Bréfritari: Gunnlaugur Oddsson
Dagsetning: A-1889-11-10
Skrifað á: Glasgow, Skotlandi

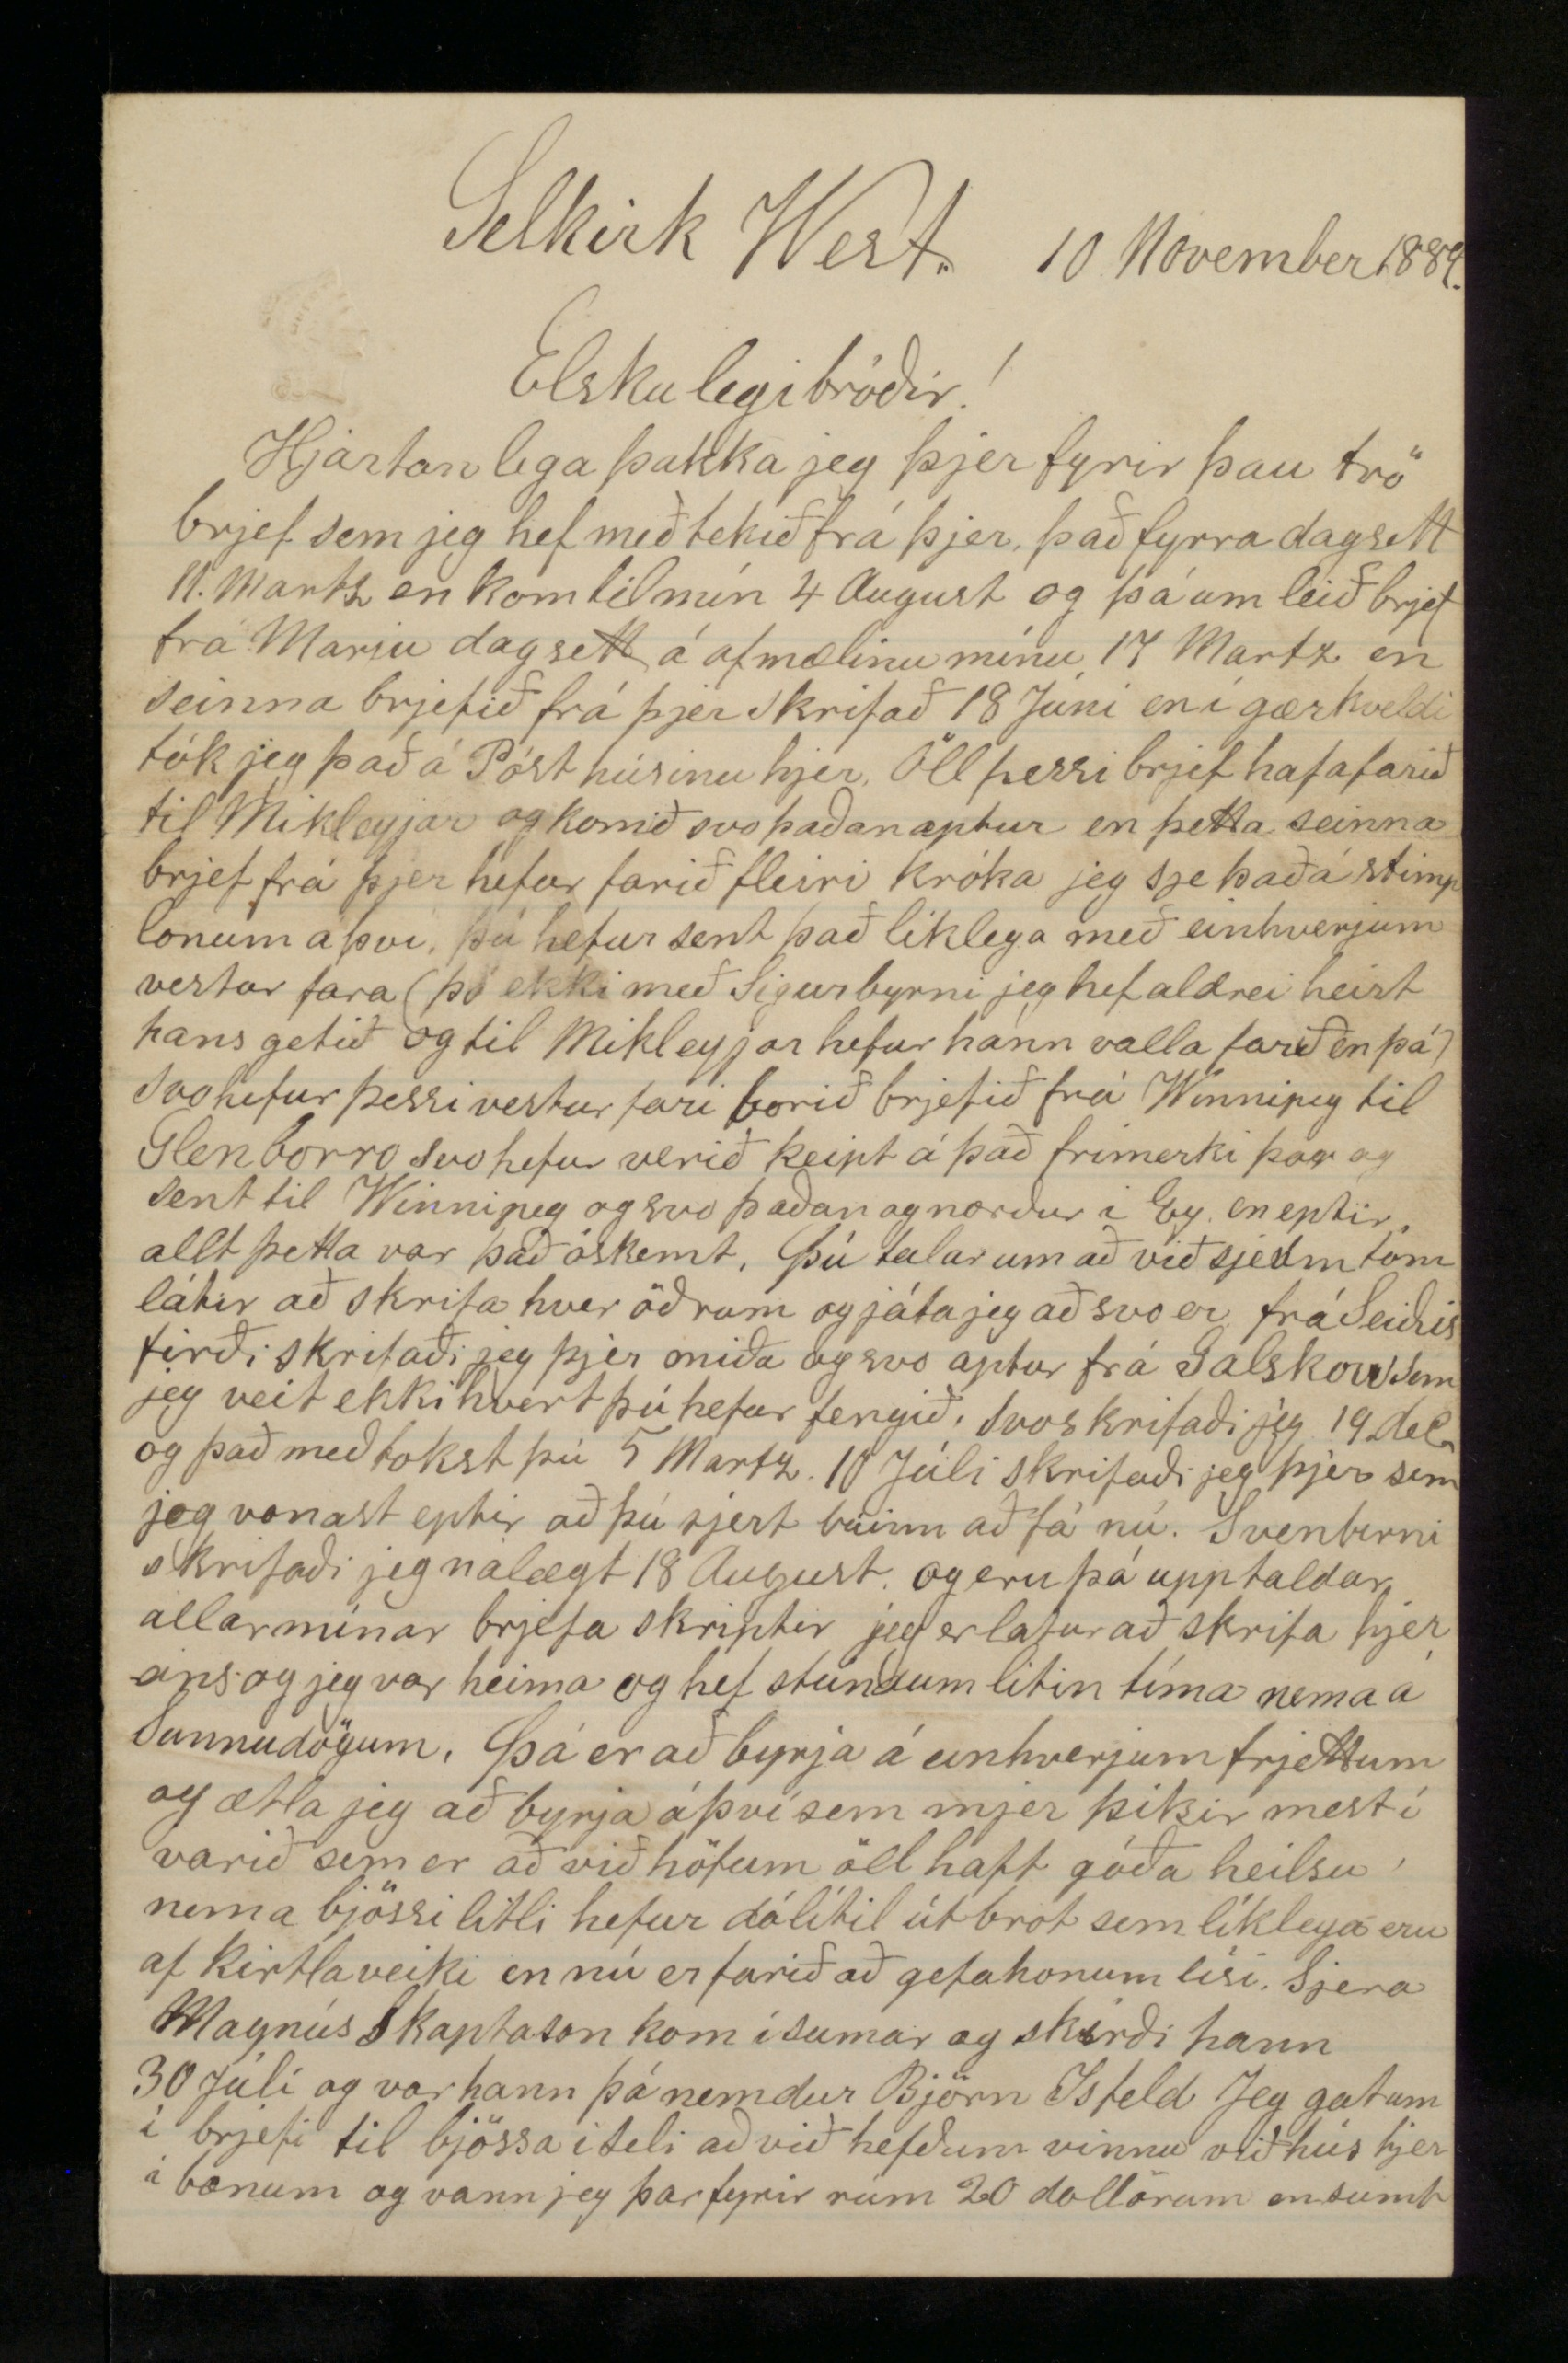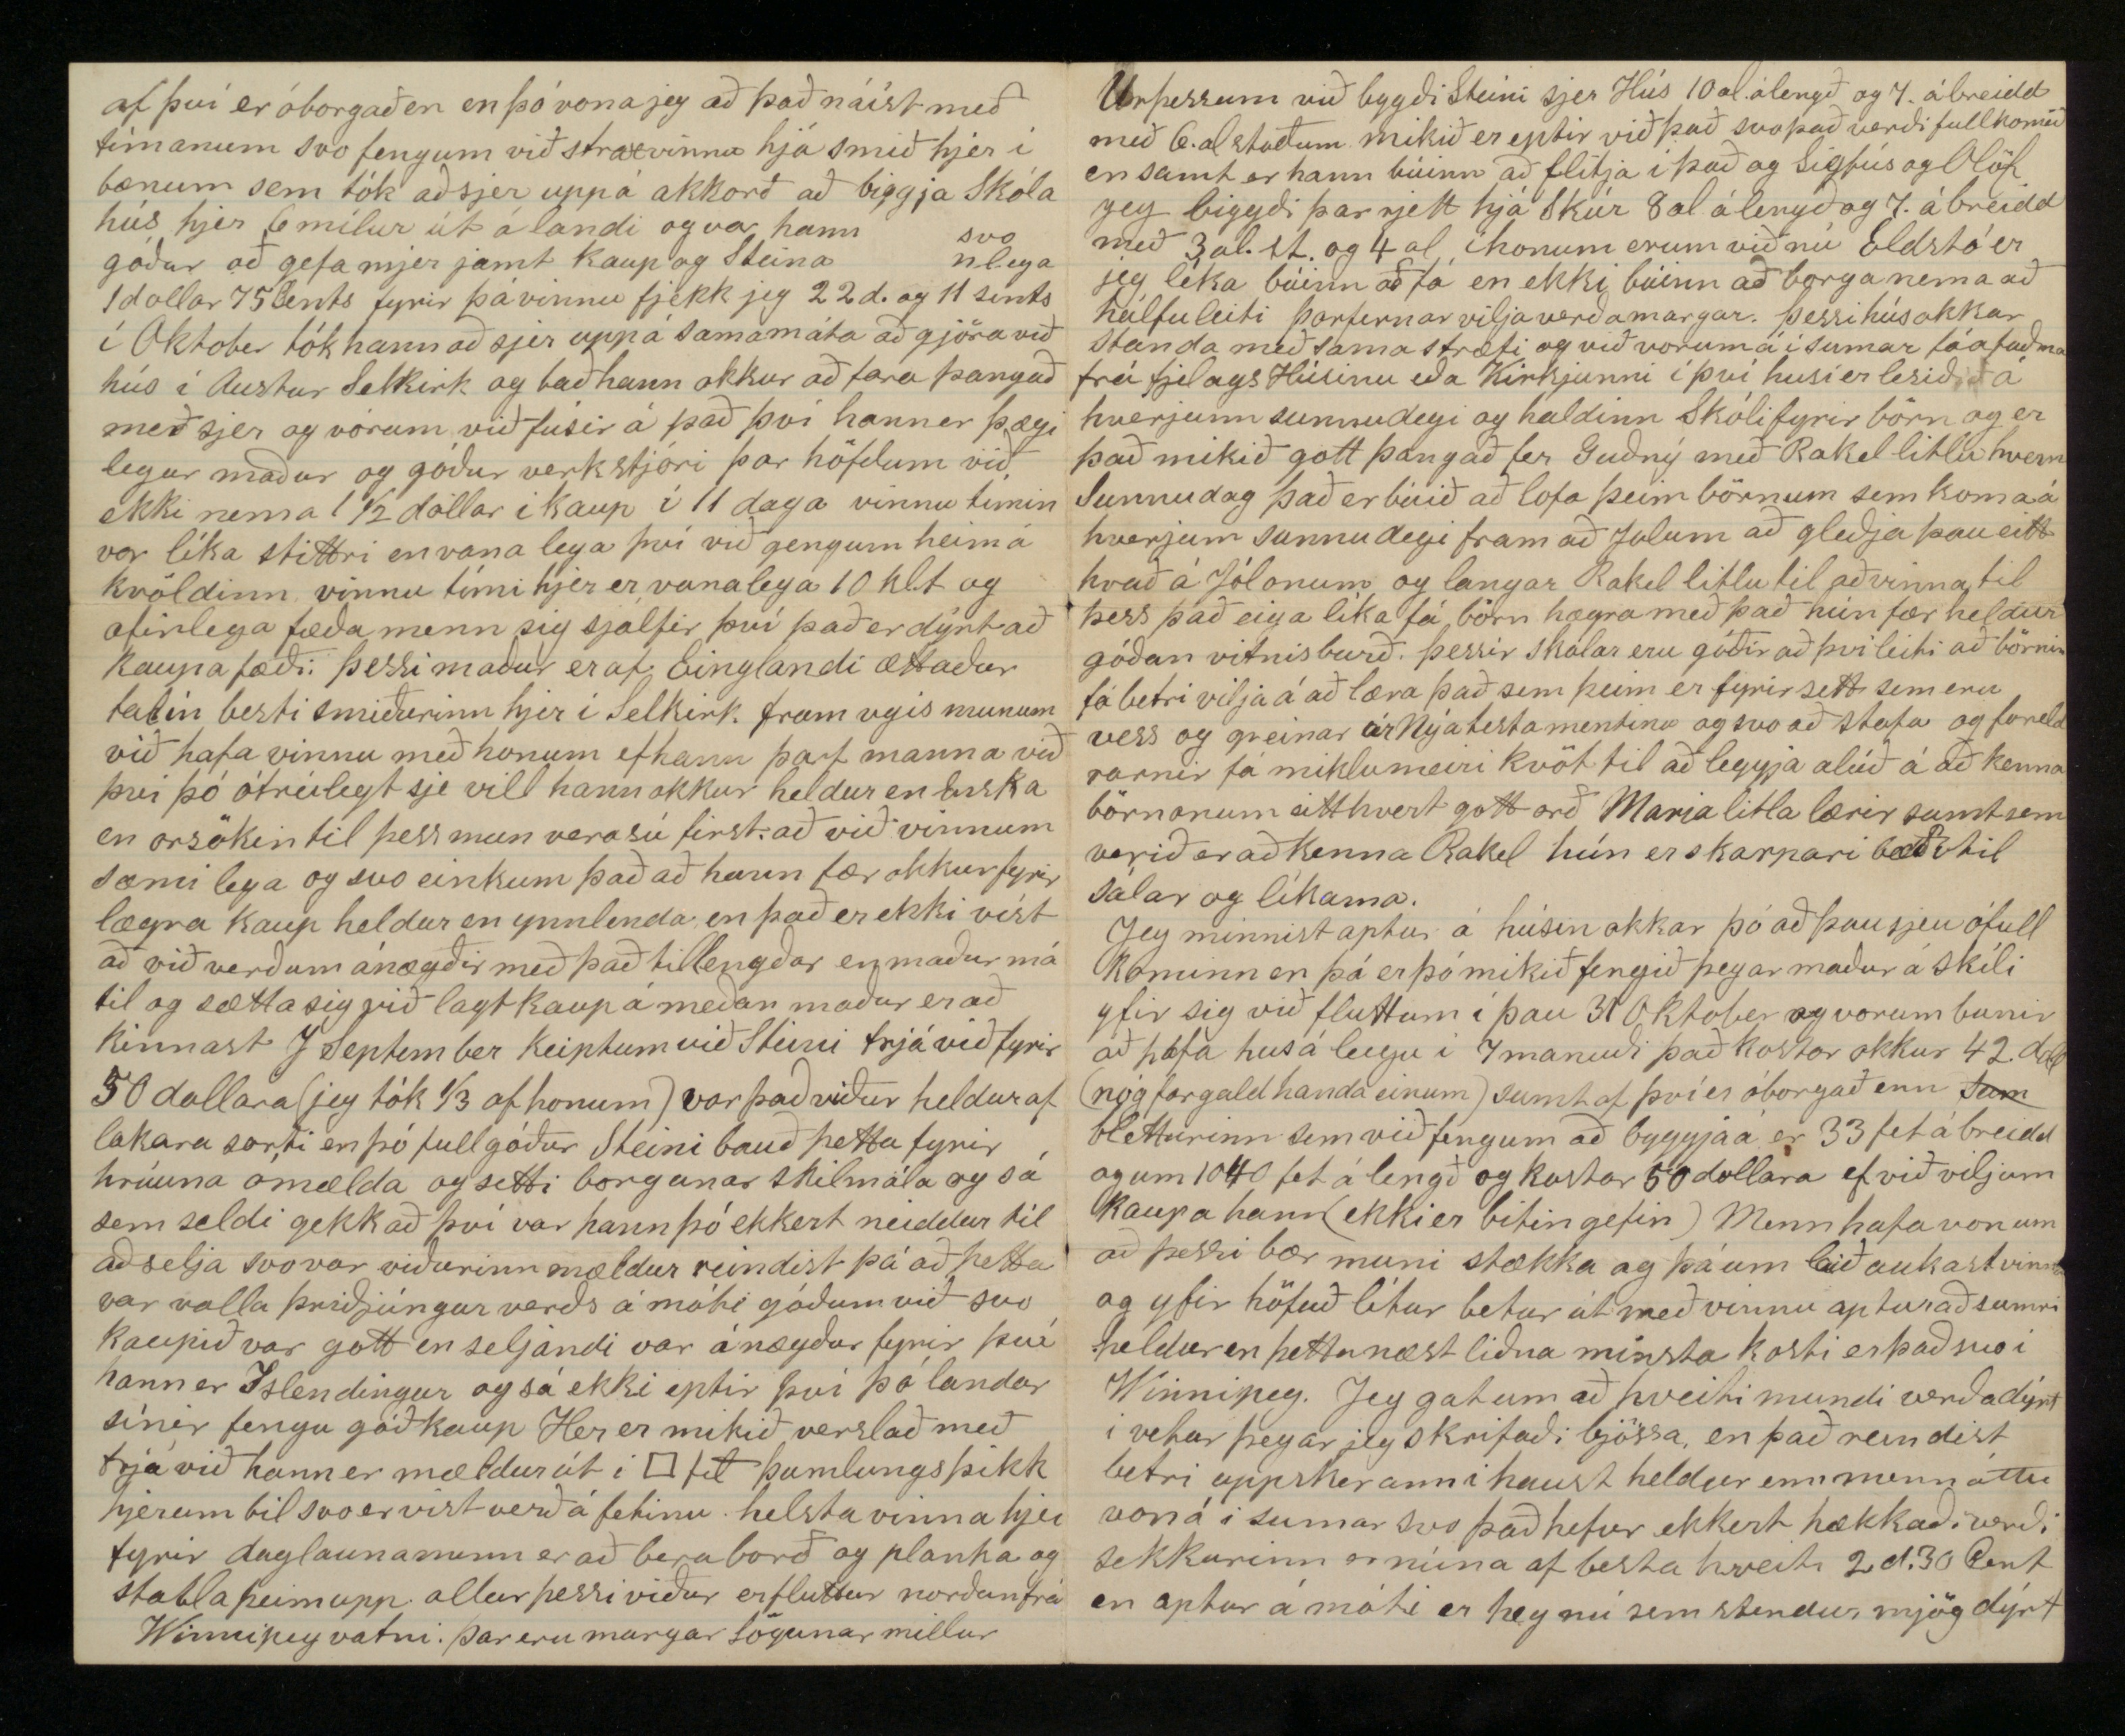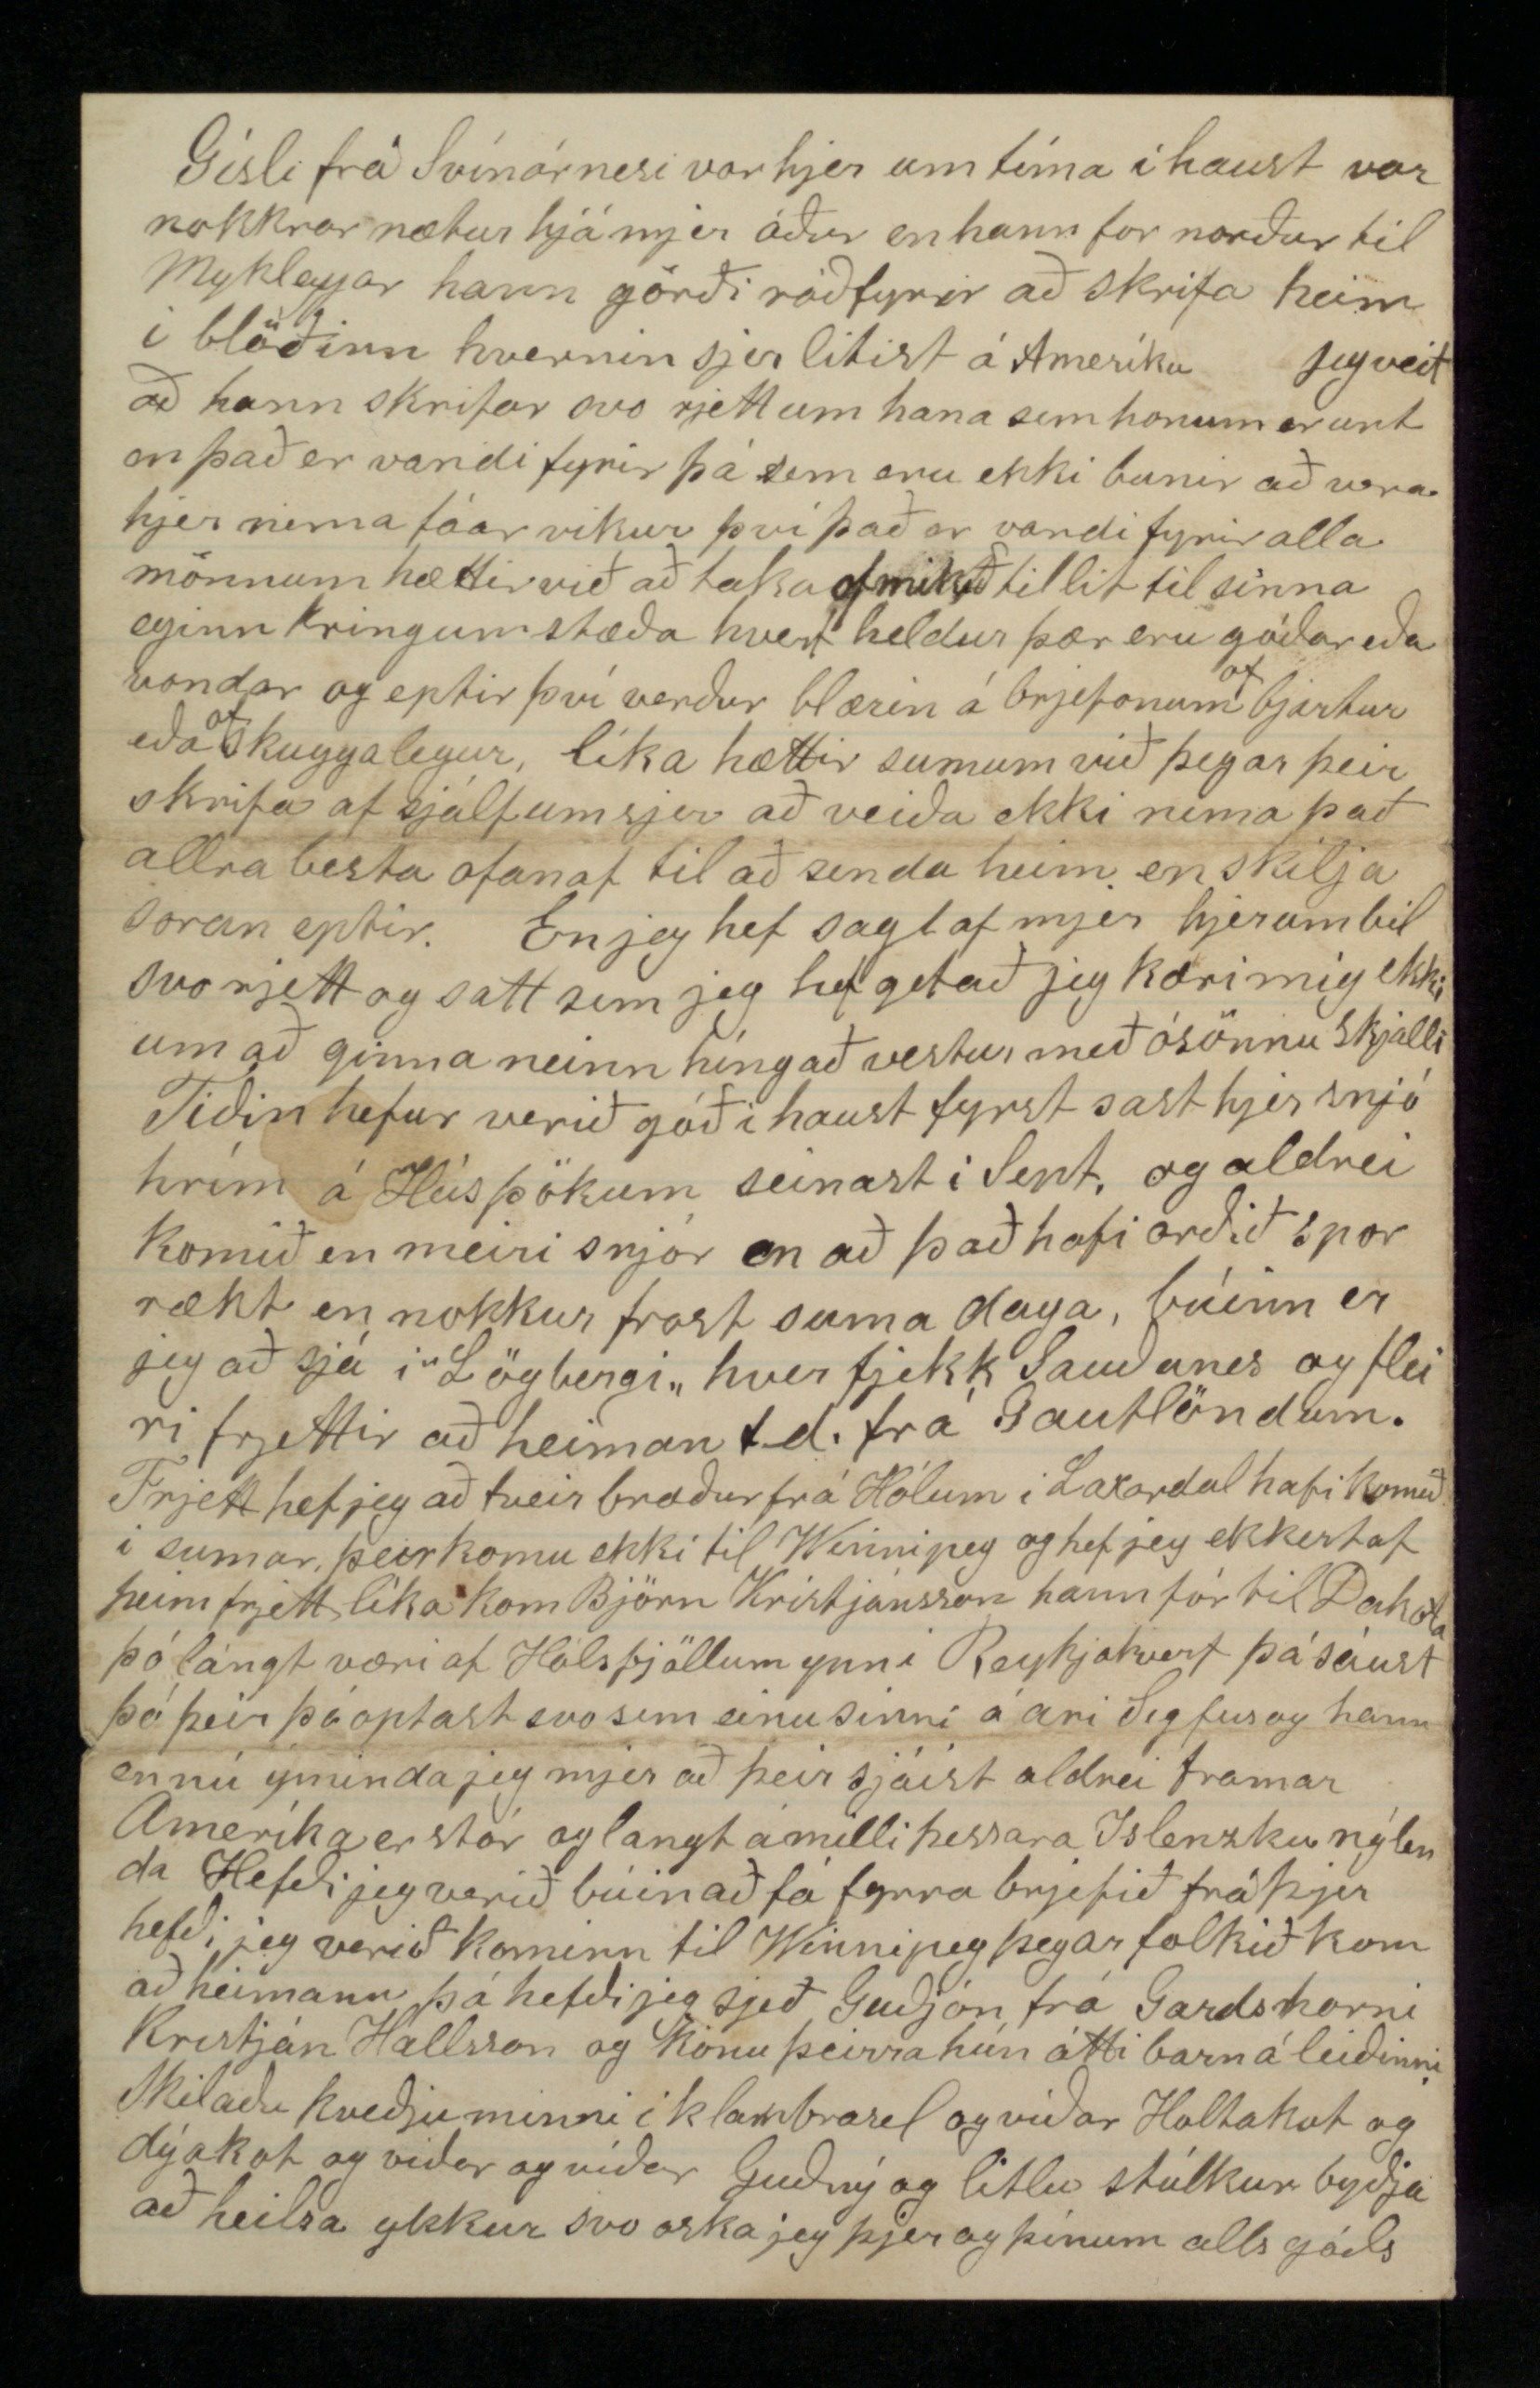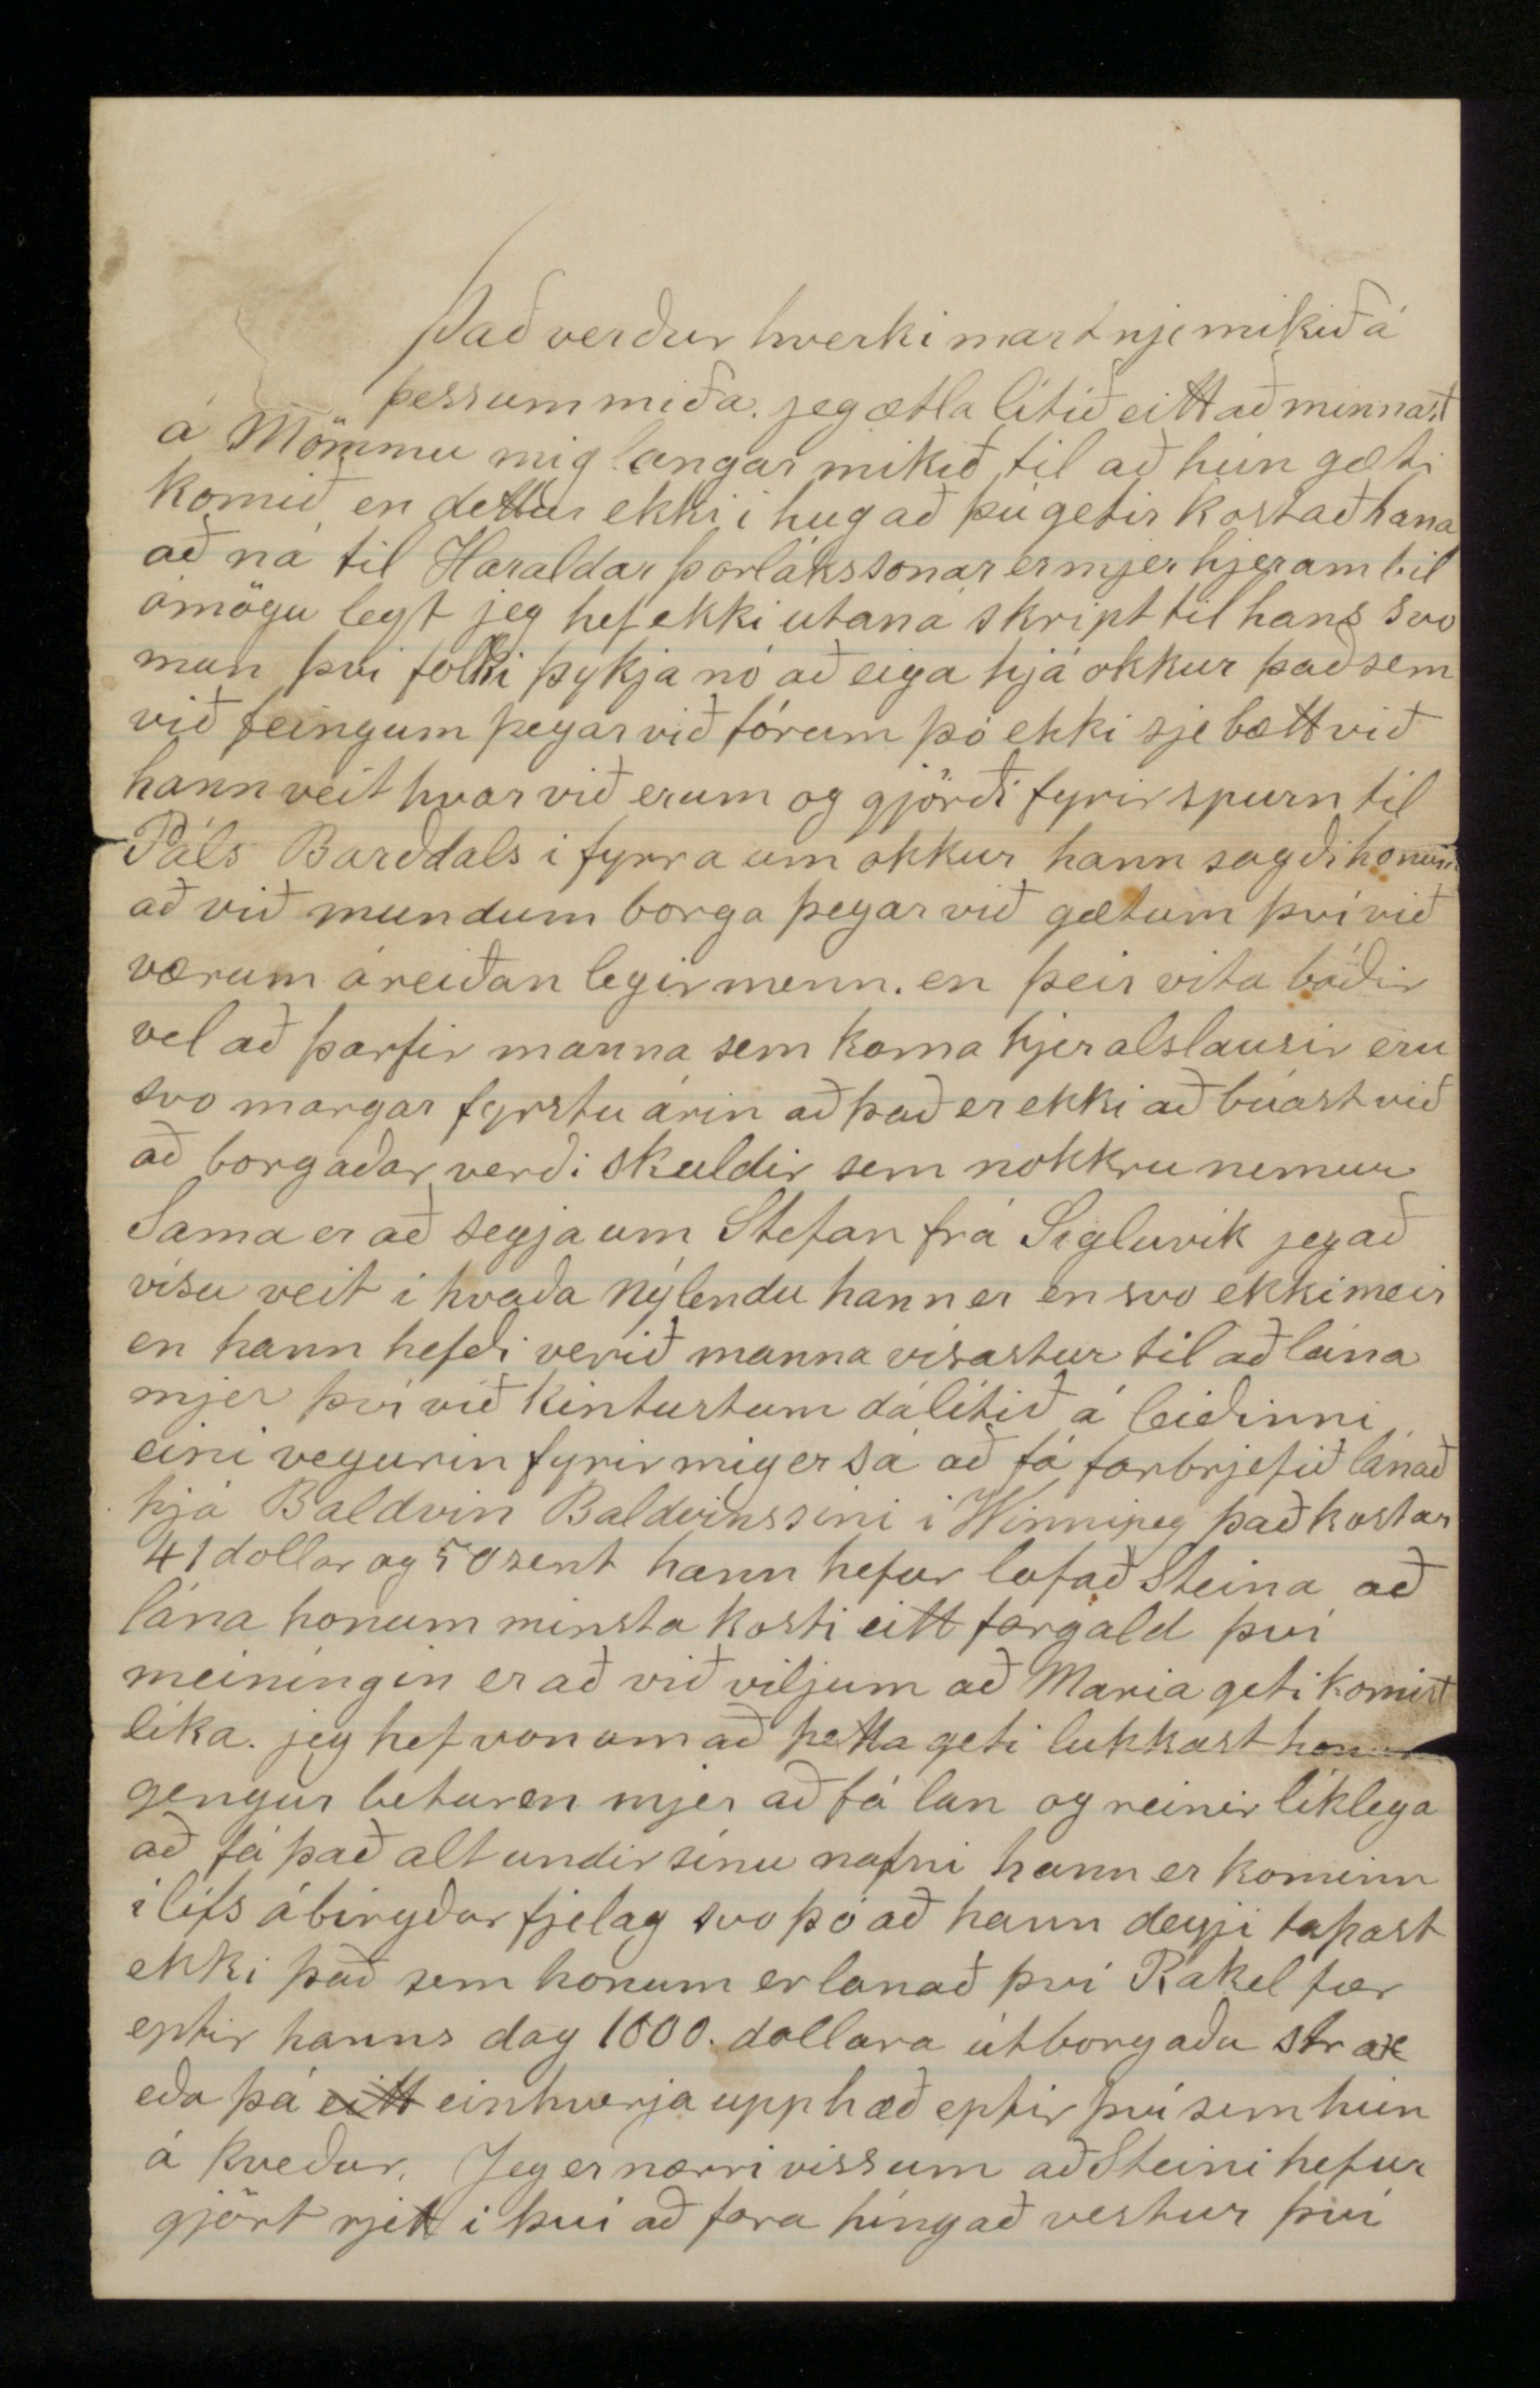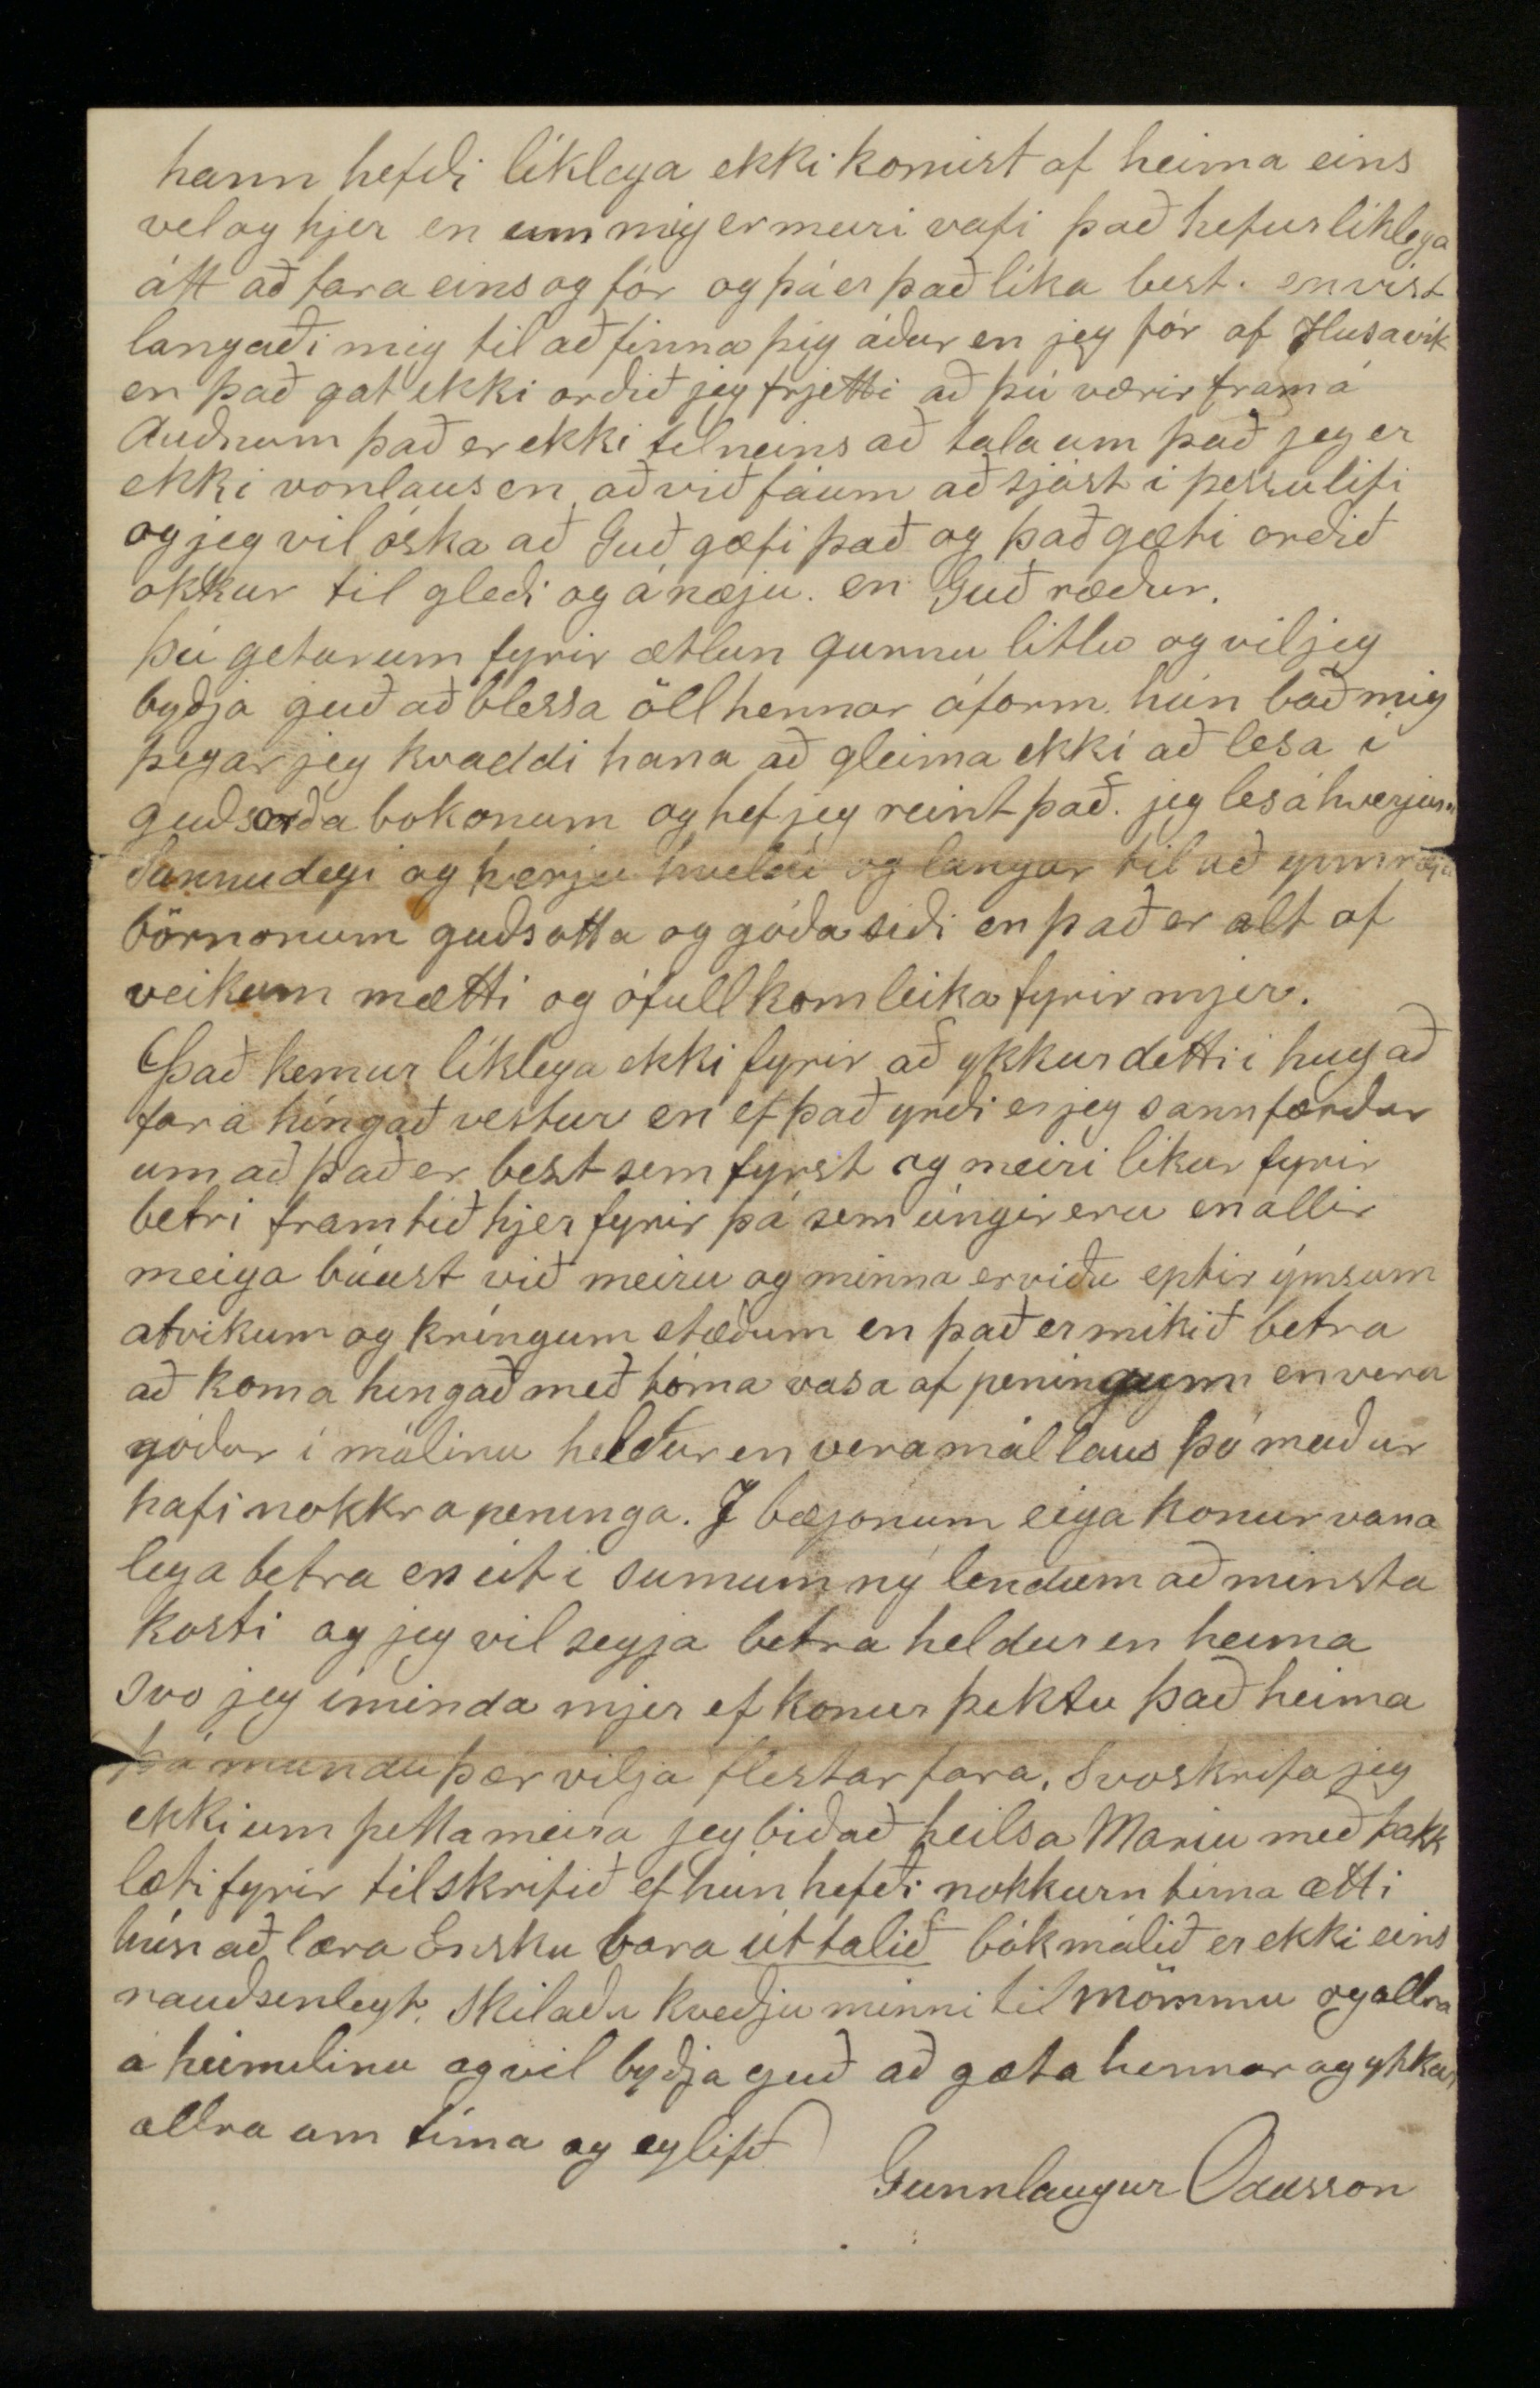

Selkirk West 10 November 1889.
Elskulegi bróðir!
Hjartanlega þakka jeg þjer fyrir þau tvö brjef sem jeg hef meðtekið frá þjer, það fyrra dagsett 11. Martz en kom til mín 4 August og þú um leið brjef frá Mariu dagsett á afmælinu mínu 17 Martz en seinna brjefið frá þjer skrifað 18 Júní en í gærkveldi tók jeg það á Pósthúsinu hjer. Öll þessi brjef hafa farið til Mikleyjar og komið svo þaðan aptur en þetta seinna brjef frá þjer hefur farið fleiri króka jeg sje það á stimplonum á því, þú hefur sent það líklega með einhverjum vestur fara (þó ekki með Sigurbyrni jeg hef aldrei heirt hans getið og til Mikleyjar hefur hann valla farið en þá) svo hefur þessi vestur fari borið brjefið frá Winnipeg til Glenboro svo hefur verið keipt á það frímerki þar og sent til Winnipeg og svo þaðan og norður í Ey en eptir alt þetta var það óskemt. þú talar um að við sjeum tómlátir að skrifa hver öðrum og játa jeg að svo er frá Siðisfirði skrifaði jeg þjer miða og svo aptur frá Galskow sem jeg veit ekki hvert þú hefur fengið. Svo skrifaði jeg 19. dec. og það meðtokst þú 5 Martz. 10 Júlí skrifaði jeg þjer sem jeg vonast eptir að þú sjert buinn að fá nú. Svenbirni skrifaði jeg nálægt 18 August og eru þá upptaldar allar mínar brjefa skriptir jeg er latur að skrifa þjer eins og jeg var heima og hef stundum lítin tíma nema á Sunnudögum. Þá er að byrja á einhverjum frjettum og ætla jeg að byrja á því sem mjer þikir mest varið sem er að við höfum öll haft góða heilsu nema bjössi litli hefur dálítil útbrot sem líklega eru af kritlaveiki en nú er farið að gefa honum lísi. Sjera Magnús Skaptason kom í sumar og skírði hann 30 júlí og var hann þá nemdur Björn Isfeld. Jeg gat um í brjefi til bjössa í Seli að við hefðum vinnu við hús hjer í bænum og vann jeg þar fyrir rum 20 dollörum en sumt
af því er óborgað en en þó vona jeg að það náist með tímanum svo fengum við strax vinnu hjá smið hjer í bænum sem tók að sjer uppá akkorð að biggja Skóla hú hjer 6 mílur út á landi og var hann svo góður að gefa mjer jamt Kaup og Steina nlega 1 dollar 75 Cens fyrir þá vinnu fjekk jeg 22 d. og 11 sents í Oktober tók hann að sjer upp á sama máta að gjöra við hús í Austur Selkirk og bað hann okkur að fara þangað með sjer og vórum við fúsir á það því hann er þægilegur maður og góður verkstjóri þar höfðum við ekki nema 1 1/2 dollar í kaup í 11 daga vinnu tímin var líka stittri en vana lega því við gengum heim á kvöldinn vinnu tími hjer er vanalega 10 klt og æfinlega fæða menn sig sjálfir því það er dýrt að kaupa fæði þessi maður er af Einglandi ættaður talin besti smiðurinn hjer í Selkirk fram vgis munum við hafa vinnu með hounm ef hann þarf manna við því þó ótrúlegt sje vill hann okkur heldur en Enska en orsökin til þess mun vera sú first að við vinnum sæmilega og svo einkum það að hann fær okkur fyrir lægra kaup heldur en ynnlenda en það er ekki víst að við verðum ánægðir með það til lengdar en maður má til og sætta sig við lagt kaup á meðan maður er að kinnast I September keiptum við Steini trjávið fyrir 50 dollara (jeg tók 1/3 af honum) var það viður heldur af lakara sorti en þó fullgóður Steini bauð þetta fyrir hrúuna ómælda og setti borgunar skilmála og sá sem seldi gekk að því var hann þó ekkert neiddur til að selja svo var viðurinn mældur reindist þá að þetta var valla þriðjúngur verðs á móti góðum við svo kaupið var gott en seljandi var ánægður fyrir því hann er Islendingur og sá ekki eptir því þó landar sínir fengu góð kaup Her er mikið verslað með trjávið hann er mældur út í # fet þumlungsþikk hjerum bil svo er vist verð á fetinu helsta vinna hjer fyrir daglaunamenn er að bera borð og planka og stabla þeim upp allur þessi viður er fluttur norðan frá Winnipegvatni. þar eru margar Sögunarmillur
Úr þessum við bygði Steini sjer Hús 10 al á lengð og 7. á breidd með 6. al stoðum mikið er eptir við það svo það verði fullkomið en samt er hann búinn að flitja í það og Sigfús og Olöf jeg biggði þar rjett hjá Skúr 8 al á lengð og 7. á breidd með 3 al. st. og 4 al í honum erum við nú Eldstó er jeg líka búinn að fá en ekki búinn að borga nema að hálfu leiti þarfirnar vilja verða margar. þessi hús okkar standa með sama stræti og við vorum á í sumar fáa faðma frá fjelags Húsinu eða Kirkjunni í því husi er lesið
ið
á hverjum sunnudegi og haldinn Skóli fyrir börn og er það mikið gott þangað fer Guðný með Rakel litlu hvern Sunnudag það er búið að lofa þeim börnum sem koma á hverjum sunnudegi fram að Jolum að gleðja þau eitt hvað á Jólonum og langar Rakel litlu til að vinna til þess það eiga líka fá börn hægra með það hún fær heldur góðan vitnisburð. þessir Skólar eru góðir að því leiti að börnin fá betri vilja á að læra það sem þeim er fyrir sett sem eru vess og greinar úr Nýatestamentinu og svo að stafa og foreldrarnir fá miklumeiri kvöt til að leggja alúð á að kenna börnonum eitthvert gott orð Maria litla lærir sumt sem verið er að kenna Rakel hún er skarpari bæði til sálar og líkama.
Jeg minnist aptur á húsin okkar þó að þau sjeu ófull kominn en þá er þó mikið fengið þegar maður á Skíli yfir sig við fluttum í það 31 Oktober og vorum bunir að hafa hus á leigu í 7 manuði það kostar okkur 42 doll (nóg fargjald handa einum) sumt af því er óborgað enn
sem
bletturinn sem við fengum að byggja á er 33 fet á breidd og um 1040 fet á lengð og kostar 50 dollara ef við viljum kaupa hann (ekki er bitin gefin) Menn hafa von um að þessi bær muni stækka og þá um leið aukast vinna og yfir höfuð lítur betur út með vinnu aptur að sumri heldur en þetta næst liðna minsta kosti er það svo í Winnipeg. Jeg gat um að hveiti mundi verða dýrt í vetur þegar jeg skrifaði bjössa en það reindist betri uppskerann í haust heldur enn menn áttu von á í sumar svo það hefur ekkert hækkað í verði sekkurinn er núna af besta hveiti 2 d. 30 Cent en aptur á móti er hey nú sem stendur mjög dýrt
Gísli frá Svínárnesi var hjer um tíma í haust var nokkrar nætur hjá mjer áður en hann for norður til Mikleyar hann gjörði ráð fyrir að skrifa heim í blöðinn hvernin sjer litist á Ameríku Jeg veit að hann skrifar svo rjett um hana sem honum er unt en það er vandi fyrir þá sem eru ekki bunir að vera hjer nema fáar vikur því það er vandi fyrir alla mönnum hættir við að taka of mikið tillit til sinna eyinn kringumstæða hvert heldur þær eru góðar eða vondar og eptir því verður blærin á brjefonum
of
bjartur eða
of
skuggalegur, líka hættir sumum við þegar þeir skrifa af sjálfum sjer að veiða ekki nema það allra besta ofanaf til að senda heim en skilja soran eptir. En jeg hef sagt af mjer hjerumbil svo rjett og satt sem jeg hef getað jeg kæri mig ekki um að ginna neinn híngað vestur með ósönnu skjalli Tíðin hefur verið góð í haust fyrst sast hjer snjó hrím á Húsþökum seinast í Sept. og aldrei komið meiri snjór en að það hafi orðið spor rækt en nokkur frost suma daga, búinn er jeg að sjá í "Lögbergi„ hver fjekk Suðanes og fleiri frjettir að heiman t.d. frá Gautlöndum. Frjett hef jeg að tveir bræður frá Hólum í Laxardal hafi komið í sumar, þeir komu ekki til Winnipeg og hef jeg ekkert af þeim frjett líka kom Björn Kristjánsson hann fór til Dakóta þó langt væri af Hólsfjöllum ynní Reykjahverf þá sáust þó þeir þó optast svo sem einu sinni á ari Sigfus og hann en nú yminda jeg mjer að þeir sjáist aldrei framar Ameríka er stór og langt á milli þessara Islendsku nýlenda Hefði jeg verið búin að fá fyrra brjefið frá þjer hefði jeg verið kominn til Winnipeg þegar folkið kom að heimann þá hefði jeg sjeð Guðjón frá Garðshorni Kristján Hallsson og konu þeirra hún átti barn á leiðinni Skilaðu kveðju minni í klambrasel og víðar Holtakot og dýakot og víðar og víðar Guðný og litlu stúlkur byðja að heilsa ykkur svo óska jeg þjer og þínum alls góðs
Það verður hverki mart nje mikið á þessum miða jeg ætla lítið eitt að minnast á Mömmu mig langar mikið til að hún gæti komið en dettur ekki í hug að þú getir kostað hana að ná til Haraldar Þorlákssonar er mjer hjerum bil ómögulegt jeg hef ekki utaná skript til hans svo mun því folki þykja nó að eiga hjá okkur það sem við feingum þegar við fórum þó ekki sje bætt við hann veit hvar við erum og gjörði fyrirspurn til Páls Barðdals í fyrra um okkur hann sagði honum að við mundum borga þegar við gætum því við værum áreiðanlegir menn en þeir vita báðir vel að þarfir manna sem koma hjer alslausir eru svo margar fyrstu árin að það er ekki að búast við að borgaðar verði skuldir sem nokkru nemur Sama er að segja um Stefan frá Sigluvík jeg að vísu veit í hvaða nýlendu hann er en svo ekki meir en hann hefði verið manna vísastur til að lána mjer því við kintustum dálítið á leiðinni eini vegurin fyrir mig er sá að fá farbrjefið lánað hjá Baldvin Baldvinssini í Winnipeg það kostar 41 dollar og 50 sent hann hefur lofað Steina að lána honum minsta kosti eitt fargjald því meiníngin er að við viljum að Maria geti komið líka jeg hef von um að þetta geti lukkast honum gengur betur en mjer að fá lan og reinir líklega að fá það alt undir sínu nafni hann er kominn í lífsábirgðarfjelag svo þó að hann deyji tapast ekki það sem honum er lanað því Rakel fær eptir hanns dag 1000 dollara útborgaða strax eða þá
eitt
einhverja upphæð eptir því sem hún á kveður. Jeg er nærri viss um að Steini hefur gjört rjett í því að fara híngað vestur því
hann hefði líklega ekki komist af heima eins vel og hjer en um mig er meiri vafi það hefur líklega átt að fara eins og fór og þá er það líka best. en víst langaði mig til að finna þig áður en jeg fór af Husavík en það gat ekki orðið jeg frjetti að þú værir fram á Auðnum það er ekki til neins að tala um það jeg er ekki vonlaus en að við fáum að sjást í þessu lífi og jeg vil óska að Guð gæfi það og það gæti orðið okkur til gleði og ánæju en Guð ræður.
Þú getur um fyrir ætlun gunnu litlu og vil jeg byðja guð að blessa öll hennar áform hún bað mig þegar jeg kvaddi hana að gleima ekki að lesa í guðsorða bokonum og hef jeg reint það jeg les á hverjum Sunnudegi og hverju kveldi og langar til að uppræta börnonum guðsotta og góða siði en það er alt af veikum mætti og ófullkomleika fyrir mjer.
Það kemur líklega ekki fyrir að ykkur detti í hug að fara híngað vestur en ef það yrði er jeg sannfærður um að það er best sem fyrst og meiri líkur fyrir betri framtíð hjer fyrir þá sem úngir eru en allir meiga búast við meiru og minna erviðu eptir ýmsum atvikum og kríngum stæðum en það er mikið betra að koma hingað með tóma vasa af peningum en vera góður í málinu heldur en vera mállaus þó maður hafi nokkra peninga. I bæjonum eiga konur vanalega betra en útí sumum nú lendum að minsta kosti og jeg vil segja betra heldur en heima svo jeg íminda mjer ef konur þektu það heima þá mundu þær vilja flestar fara. Svo skrifa jeg ekki um þetta meira jeg bið að heilsa Mariu með þakklæti fyrir tilskrifið ef hún hefði nokkurn tíma ætti hún að læra Ensku bara
úttalið
bókmálið er ekki eins nauðsinlegt. Skilaðu kveðju minni til mömmu og allra á heimilnu og vil byðja guð að gæta hennar og ykkar allra um tíma og eylífð
Gunnlaugur Oddsson